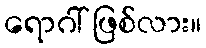
ရောဂါ် ဖြစ်လား။